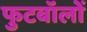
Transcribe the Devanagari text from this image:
फुटबॉलों